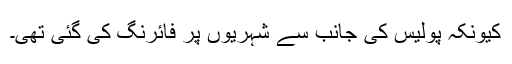
کیونکہ پولیس کی جانب سے شہریوں پر فائرنگ کی گئی تھی۔